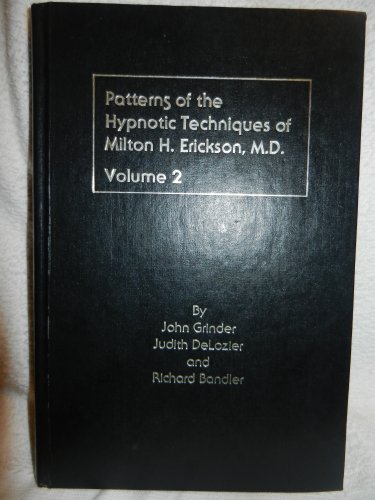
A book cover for Patterns of the Hypnotic Techniques of Milton H. Erickson, M.D. Volume II; John; Delozier, Judith; Bandler, Richard Grinder; Health, Fitness & Dieting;